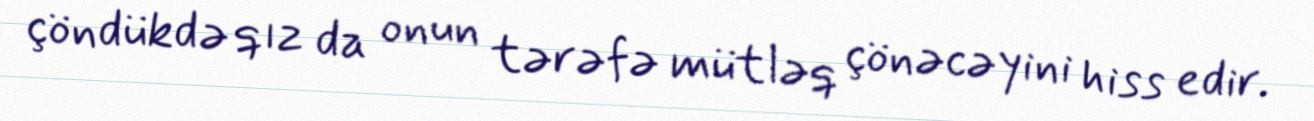
çöndükdə qız da onun tərəfə mütləq çönəcəyini hiss edir.